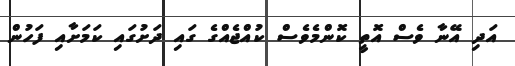
އަދި އޭނާ ވެސް އޮތީ ކޮންމެވެސް ކުއްޖެއްގެ ގައި ދަށުގައި ކަމަށާއި ފަހުން